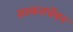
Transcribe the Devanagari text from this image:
सस्कतचेंवन